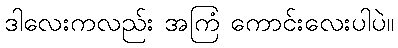
ဒါလေးကလည်း အကြံ ကောင်းလေးပါပဲ။